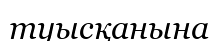
туысқанына